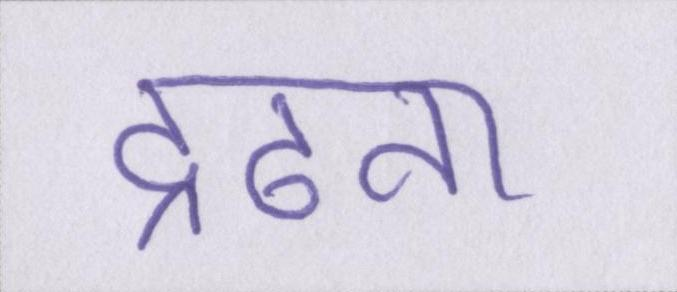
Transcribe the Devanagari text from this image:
द्रढता